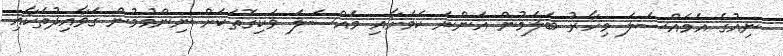
ނިއުގެ އެމައްސަލަ މިހާރު ބަލަމުން އަންނަ ކަމަށާއި މައްސަލަ ވަކިގޮތަކަށް ނިންމުމުން ގަވާއިދުތަކާއި